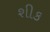
શીક